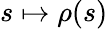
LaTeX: s\mapsto\rho(s)